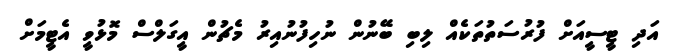
އަދި ޓީސީއަށް ފުރުސަތުތަކެއް ލިބި ބޭނުން ނުހިފުނުއިރު މެޗުން އީގަލްސް މޮޅުވީ އެޓީމަށް